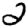
Digit: 2